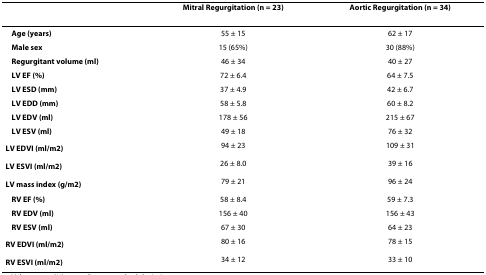
<table><thead><tr><td></td><td><b>Mitral Regurgitation (n = 23)</b></td><td><b>Aortic Regurgitation (n = 34)</b></td></tr></thead><tbody><tr><td><b>Age (years)</b></td><td>55 ± 15</td><td>62 ± 17</td></tr><tr><td><b>Male sex</b></td><td>15 (65%)</td><td>30 (88%)</td></tr><tr><td><b>Regurgitant volume (ml)</b></td><td>46 ± 34</td><td>40 ± 27</td></tr><tr><td><b>LV EF (%)</b></td><td>72 ± 6.4</td><td>64 ± 7.5</td></tr><tr><td><b>LV ESD (mm)</b></td><td>37 ± 4.9</td><td>42 ± 6.7</td></tr><tr><td><b>LV EDD (mm)</b></td><td>58 ± 5.8</td><td>60 ± 8.2</td></tr><tr><td><b>LV EDV (ml)</b></td><td>178 ± 56</td><td>215 ± 67</td></tr><tr><td><b>LV ESV (ml)</b></td><td>49 ± 18</td><td>76 ± 32</td></tr><tr><td><b>LV EDVI (ml/m<sup>2</sup>)</b></td><td>94 ± 23</td><td>109 ± 31</td></tr><tr><td><b>LV ESVI (ml/m<sup>2</sup>)</b></td><td>26 ± 8.0</td><td>39 ± 16</td></tr><tr><td><b>LV mass index (g/m<sup>2</sup>)</b></td><td>79 ± 21</td><td>96 ± 24</td></tr><tr><td><b>RV EF (%)</b></td><td>58 ± 8.4</td><td>59 ± 7.3</td></tr><tr><td><b>RV EDV (ml)</b></td><td>156 ± 40</td><td>156 ± 43</td></tr><tr><td><b>RV ESV (ml)</b></td><td>67 ± 30</td><td>64 ± 23</td></tr><tr><td><b>RV EDVI (ml/m<sup>2</sup>)</b></td><td>80 ± 16</td><td>78 ± 15</td></tr><tr><td><b>RV ESVI (ml/m<sup>2</sup>)</b></td><td>34 ± 12</td><td>33 ± 10</td></tr></tbody></table>